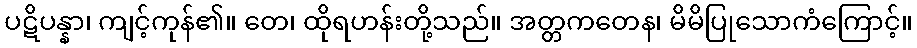
ပဋိပန္နာ၊ ကျင့်ကုန်၏။ တေ၊ ထိုရဟန်းတို့သည်။ အတ္တကတေန၊ မိမိပြုသောကံကြောင့်။